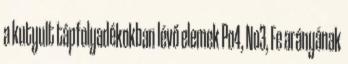
a kutyult tápfolyadékokban lévő elemek Po4, No3, Fe arányának